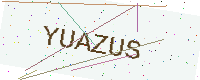
Text: YUAZUS